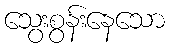
သွေးစွန်းနေသော